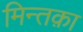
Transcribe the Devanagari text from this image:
मिन्तक़ा